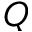
Q